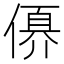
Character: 𠍩